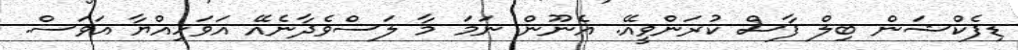
ޑިފެކްޝަން ބިލް ފާސް ކުރަންވީއޭ. އެނޫން ނަމަ މާ ލަސްވެދާނެއޭ އަވަހިއްޔާ އަވަސް.